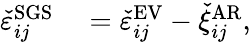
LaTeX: \begin{array}{rl}{\check{\varepsilon}_{ij}^{\mathrm{SGS}}}&{{}=\check{\varepsilon}_{ij}^{\mathrm{EV}}-\check{\xi}_{ij}^{\mathrm{AR}},}\end{array}